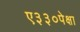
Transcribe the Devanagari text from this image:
ए३३०पेक्षा